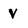
Character: V